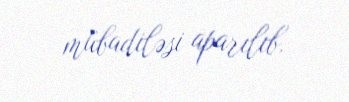
mübadiləsi aparılıb.